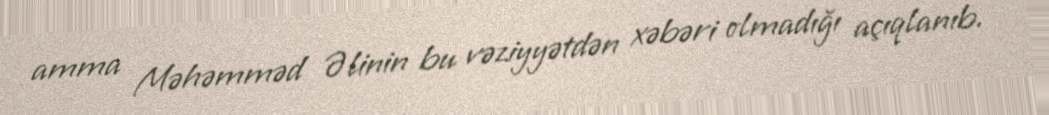
amma Məhəmməd Əlinin bu vəziyyətdən xəbəri olmadığı açıqlanıb.